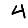
Digit: 4